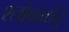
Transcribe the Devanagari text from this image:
श्लोकार्धेतु